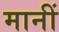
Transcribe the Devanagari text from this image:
मानीं